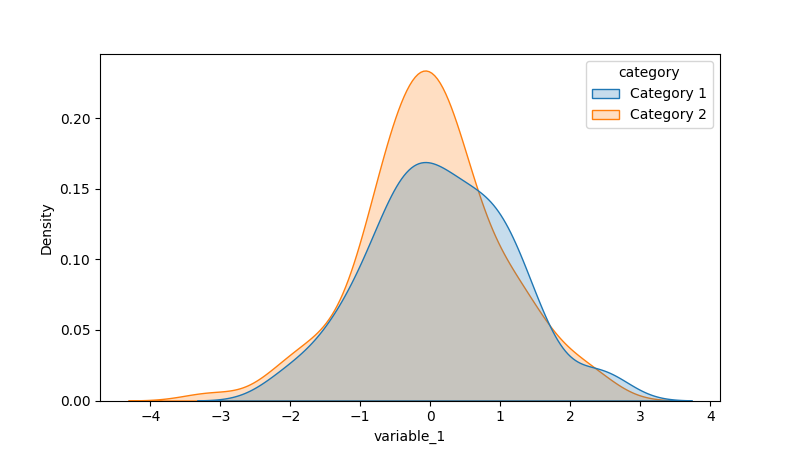
python, seaborn, kdeplot, hue='category', fill=True, bw_adjust=1.0